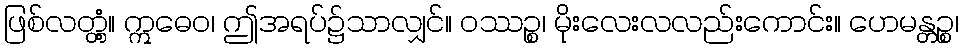
ဖြစ်လတ္တံ့။ ဣဓေဝ၊ ဤအရပ်၌သာလျှင်။ ဝဿဉ္စ၊ မိုးလေးလလည်းကောင်း။ ဟေမန္တဉ္စ၊